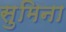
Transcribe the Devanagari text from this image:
सुमिना